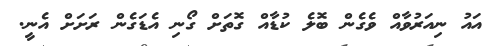
އައު ނިއަރުވާއް ވެގެން ބޮލެ ކުޑާއް ގޮތަށް ގޯނި އެޑަގެން ރަށަށް އެނީ.